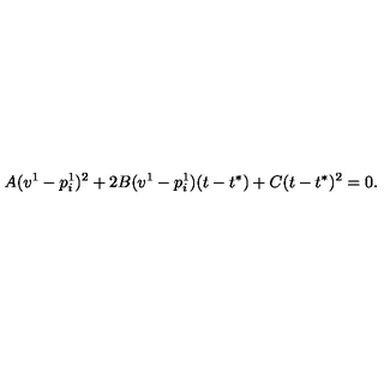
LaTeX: A ( v ^ { 1 } - p _ { i } ^ { 1 } ) ^ { 2 } + 2 B ( v ^ { 1 } - p _ { i } ^ { 1 } ) ( t - t ^ { * } ) + C ( t - t ^ { * } ) ^ { 2 } = 0 .